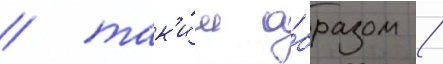
/ так'и́м о́бразом /